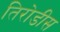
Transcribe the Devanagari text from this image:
तिरोडीस